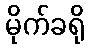
မိုက်ခရို